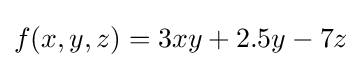
f(x,y,z)=3xy+2.5y-7z